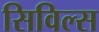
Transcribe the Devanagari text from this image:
सिविल्स